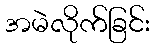
အမဲလိုက်ခြင်း